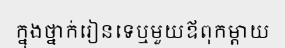
ក្នុងថ្នាក់រៀនទេឬមួយឪពុកម្តាយ